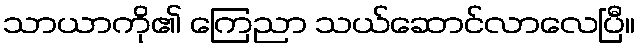
သာယာကို၏ ကြေညာ သယ်ဆောင်လာလေပြီ။